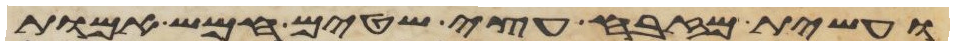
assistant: ועשית מזבח עצי שטים חמש אמות